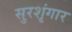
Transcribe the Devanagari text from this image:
सुरशृंगार